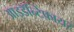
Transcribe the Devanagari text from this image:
आइडॅन्टिफ़ायर